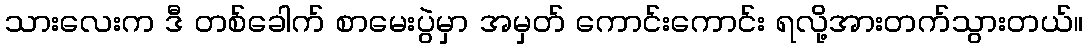
သားလေးက ဒီ တစ်ခေါက် စာမေးပွဲမှာ အမှတ် ကောင်းကောင်း ရလို့အားတက်သွားတယ်။